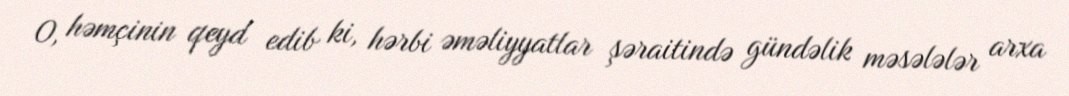
O, həmçinin qeyd edib ki, hərbi əməliyyatlar şəraitində gündəlik məsələlər arxa